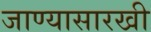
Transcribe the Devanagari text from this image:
जाण्यासारखी